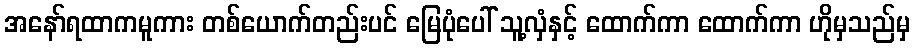
အနော်ရထာကမူကား တစ်ယောက်တည်းပင် မြေပုံပေါ် သူ့လှံနှင့် ထောက်ကာ ထောက်ကာ ဟိုမှသည်မှ